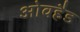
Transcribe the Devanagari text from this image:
ओवहैड